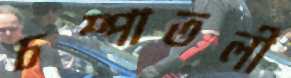
চম্পাতলী